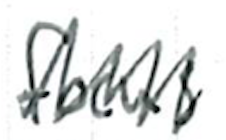
Text: focus
Cross-out: zig-zag
Writing tool: ballpoint